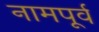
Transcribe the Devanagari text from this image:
नामपूर्व